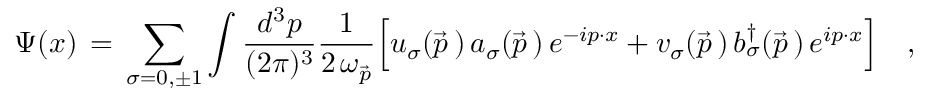
\Psi ( x ) \, = \, \sum _ { \sigma = 0 , \pm 1 } \int { \frac { d ^ { 3 } p } { ( 2 \pi ) ^ { 3 } } } { \frac { 1 } { 2 \, \omega _ { \vec { p } } } } \Big [ u _ { \sigma } ( \vec { p } \, ) \, a _ { \sigma } ( \vec { p } \, ) \, e ^ { - i p \cdot x } + v _ { \sigma } ( \vec { p } \, ) \, b _ { \sigma } ^ { \dagger } ( \vec { p } \, ) \, e ^ { i p \cdot x } \Bigr ] \quad ,